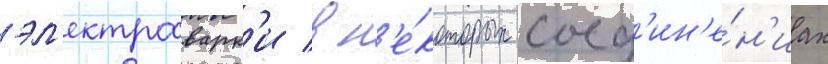
эл'ектросварк'и в н'е́которых соед'ин'е́н'иах